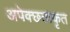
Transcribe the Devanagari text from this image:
अपेक्छताकृत